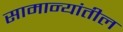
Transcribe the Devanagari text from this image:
सामान्यांतील